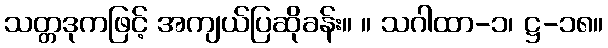
သတ္တဒုကဖြင့် အကျယ်ပြဆိုခန်း။ ။ သဂါထာ-၁၊ ဋ္ဌ-၁၈။